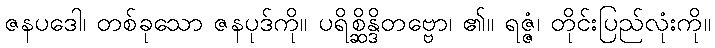
ဇနပဒေါ၊ တစ်ခုသော ဇနပုဒ်ကို။ ပရိစ္ဆိန္ဒိတဗ္ဗော၊ ၏။ ရဇ္ဇံ၊ တိုင်းပြည်လုံးကို။